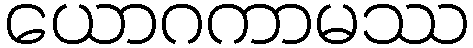
ယောဂကာမဿ